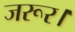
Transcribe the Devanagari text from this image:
जरूर।